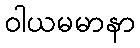
ဝါယမမာနာ